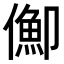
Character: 𠏣